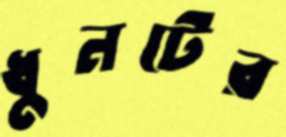
ধুনটের